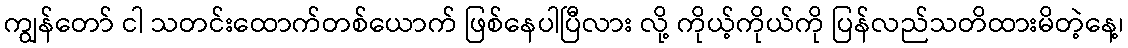
ကျွန်တော် ငါ သတင်းထောက်တစ်ယောက် ဖြစ်နေပါပြီလား လို့ ကိုယ့်ကိုယ်ကို ပြန်လည်သတိထားမိတဲ့နေ့၊